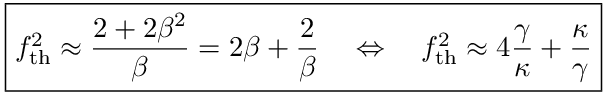
\begin{array} { r } { \boxed { f _ { \mathrm { t h } } ^ { 2 } \approx \frac { 2 + 2 \beta ^ { 2 } } { \beta } = 2 \beta + \frac { 2 } { \beta } \quad \Leftrightarrow \quad f _ { \mathrm { t h } } ^ { 2 } \approx 4 \frac { \gamma } { \kappa } + \frac { \kappa } { \gamma } } } \end{array}